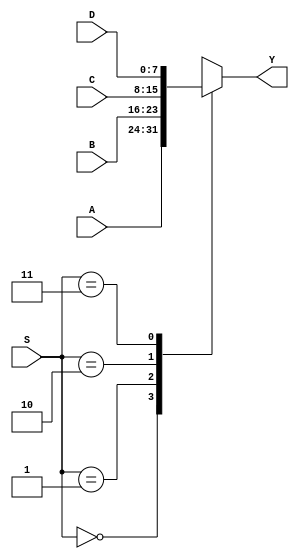
//---------------------Mux 4x1 8bits----------------------
module mux_4x1_8bit (Y, S, A, B, C, D);
	
	//Inputs
	input wire [7:0] A,B,C,D;
	input wire [1:0] S;

	//Outputs
	output reg [7:0] Y;

	//Test for selection bit
	always @ (S,A,B,C,D)

	case(S)
		2'b00:	Y=A;
		2'b01:	Y=B;
		2'b10:	Y=C;
		2'b11:	Y=D;
	endcase // S

endmodule // mux_4x1_8bit